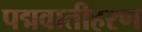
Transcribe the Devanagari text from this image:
पद्मवातीहरण